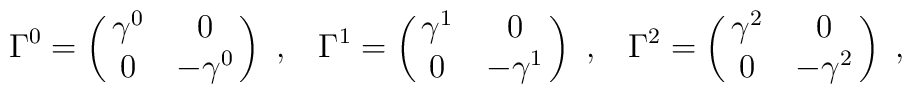
\Gamma^{0}=\pmatrix{\gamma^{0} & 0 \cr  0 & -\gamma^0} \ , \;\;\;\Gamma^{1}=\pmatrix{\gamma^{1} & 0 \cr  0 & -\gamma^1} \ , \;\;\;\Gamma^{2}=\pmatrix{\gamma^{2} & 0 \cr  0 & -\gamma^2} \ ,